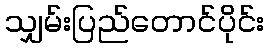
သျှမ်းပြည်တောင်ပိုင်း